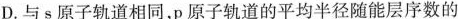
D.与s原子轨道相同，p原子轨道的平均半径随能层序数的